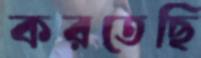
করতেছি